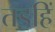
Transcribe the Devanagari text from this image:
तड॒हिं